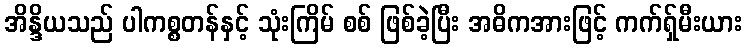
အိန္ဒိယသည် ပါကစ္စတန်နှင့် သုံးကြိမ် စစ် ဖြစ်ခဲ့ပြီး အဓိကအားဖြင့် ကက်ရှ်မီးယား